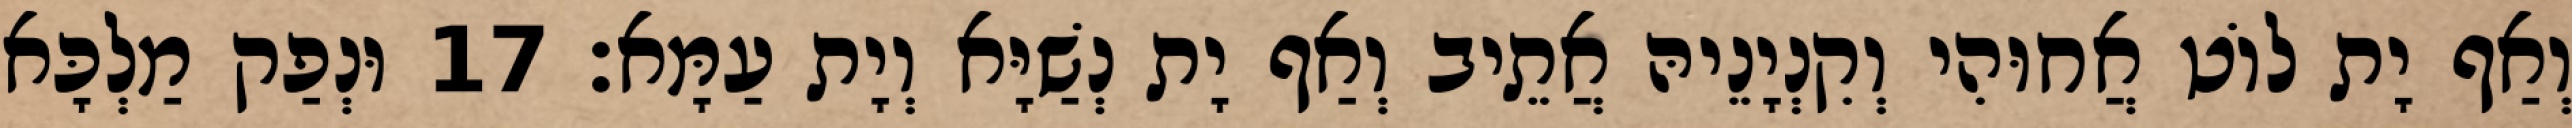
וְאַף יָת לוֹט אֲחוּהִי וְקִנְיָנֵיהּ אֲתֵיב וְאַף יָת נְשַׁיָּא וְיָת עַמָּא׃ 17 וּנְפַק מַלְכָּא